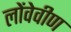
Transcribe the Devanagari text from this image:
लोंवेवीण